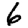
Digit: 6